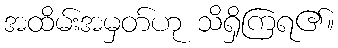
အထိမ်းအမှတ်ဟု သိရှိကြရ၏။